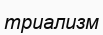
триализм